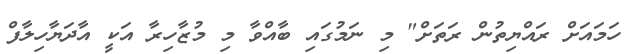
ހަމައަށް ރައްޔިތުން ރަތަށް" މި ނަމުގައި ބާއްވާ މި މުޒާހިރާ އަކީ އާދަޔާހިލާފް